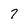
Character: 7